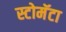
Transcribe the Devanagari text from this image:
स्टोमॅटा